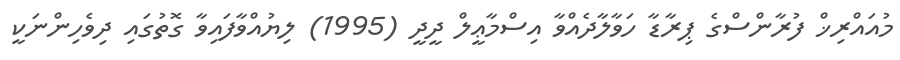
މުއައްރިޚް ފުރާންސްގެ ޕިރާޑާ ހަވާލާދެއްވާ އިސްމާޢީލް ދީދީ (1995) ލިޔުއްވާފައިވާ ގޮތުގައި ދިވެހިންނަކީ